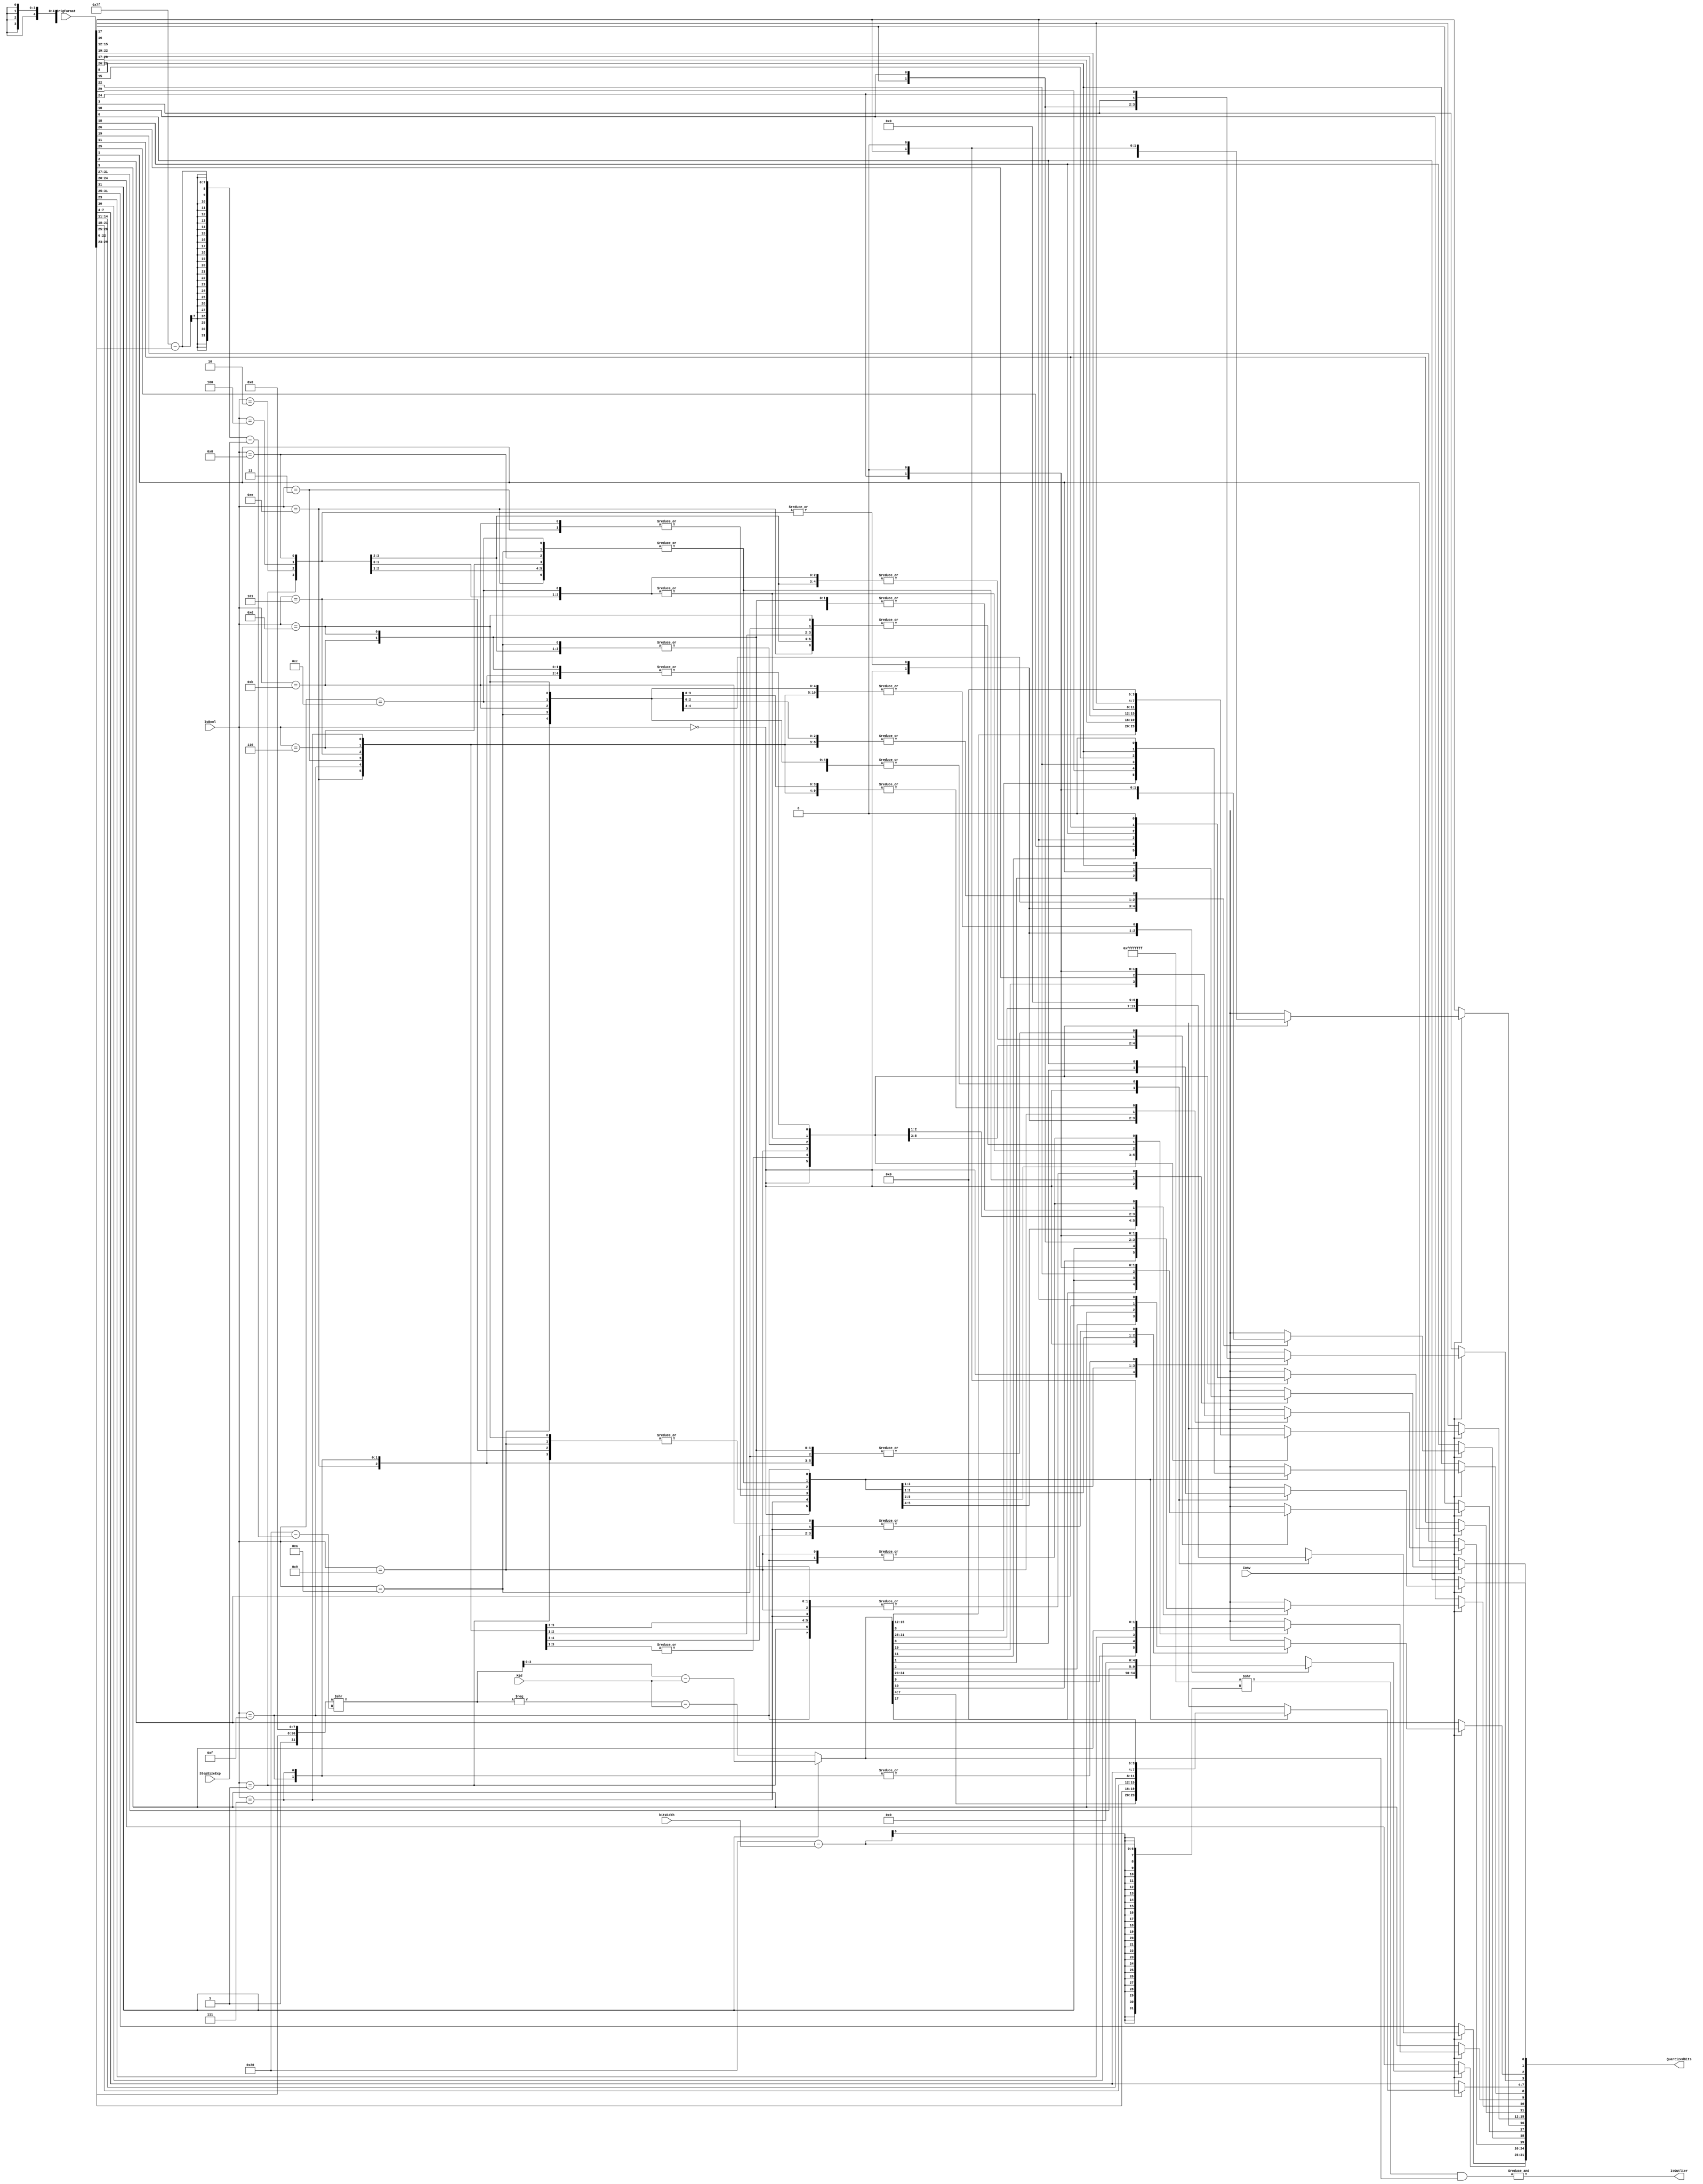
module OneWayQuantizer ( OrigFormat, bitWidth,Mid, StepSizeExp, Conv, IsBool, QuantizedBits, IsOutlier); 
  parameter L2_WIDTH = 512 ;
  parameter WordWidth_WIDTH = 32 ;   
  parameter ExponentLength=8;
//------------------------------------
  input [WordWidth_WIDTH-1:0] OrigFormat;
  input [4:0] bitWidth;
  input  signed [WordWidth_WIDTH-1:0] Mid;
  input  [ExponentLength-1:0] StepSizeExp;
  input [0:0] Conv;
  input [3:0] IsBool;

//------------------- 
  output [WordWidth_WIDTH-1:0] QuantizedBits ;
  output [0:0] IsOutlier;
  reg [WordWidth_WIDTH-1:0] QuantizedBits ;
   

//------------------- 
  wire [L2_WIDTH-1:0] OutputStr; 
//--------------------------
  reg [0:0] sign;
  reg [6:0] Exponent;
  reg [22:0] Mantissa;
  reg [31:0] NumberOfMantissaShift;
  reg [32:0] MantissaShifted;
  reg [23:0] MantissaHidden;
  reg signed [31:0] BitsPlusMid;
  //reg [0:0] IsOutlierTemp;

wire  [WordWidth_WIDTH -1:0] temp1, temp2;

always @(sign or Exponent or Mantissa or MantissaHidden or NumberOfMantissaShift or MantissaShifted or  BitsPlusMid  or Mid)
begin
	sign [0:0]<=OrigFormat[31:31];
	Exponent<=OrigFormat[30:23];
	Mantissa<=OrigFormat[22:0];
	MantissaHidden={1'b1,Mantissa}; //Add the hidden bit in floating point format
	//Step1: determining number of shifts
	NumberOfMantissaShift<= ((127-Exponent)-StepSizeExp);
	//Step2 shifting
	MantissaShifted <= ({MantissaHidden,8'b0}>>(32-NumberOfMantissaShift));
	//Step3: Adding Mid to the bits
	if(sign ==1'b0) begin
		BitsPlusMid<=-MantissaShifted[31:0]-Mid;
	end else begin
		BitsPlusMid<=MantissaShifted[3:0]-Mid;
	end

end


assign temp1         = {WordWidth_WIDTH{1'b1}} >>WordWidth_WIDTH-bitWidth;    //-- Create mask for IsOutlier 
assign temp2         = temp1 & BitsPlusMid;
assign IsOutlier = &temp2;
/*
  genvar ii;
  generate
  for(ii=0; ii<32; ii=ii+1) begin: generate_loop
	
	always @ ( BitsPlusMid or bitWidth)
	
        begin	
		if(ii==bitWidth) begin
			if(BitsPlusMid>=0) begin
				if(BitsPlusMid>{ii{1'b1}}) begin
					IsOutlier<=1'b1;
				end else begin
					IsOutlierTemp[ii]<=1'b0;
				end
			end else begin 
				if((-BitsPlusMid)>{ii{1'b1}}) begin
					IsOutlierTemp[ii]<=1'b1;
				end else begin
					IsOutlierTemp[ii]<=1'b0;
				end		
			end
        	end else begin
			IsOutlierTemp[ii]<=1'b0;
		end
		
  	end
	
  end
  endgenerate
*/
//----------------

//genvar gen_i;
//generate
//assign IsOutlier = 1'b0;

//  for (gen_i = 0; gen_i < 32; gen_i = gen_i + 1) begin
 //     assign IsOutlier = IsOutlier | IsOutlierTemp[gen_i];
 // end
//endgenerate

//------------------
always @( Conv or IsBool or OrigFormat or BitsPlusMid  )
begin
	if(Conv==1'b1) begin
		case (IsBool) 
		4'b0000: begin
			QuantizedBits<=BitsPlusMid;
			end
		4'b0001: begin
			QuantizedBits[0]<=OrigFormat[0:0];
			//<=OrigFormat[7:1];
			QuantizedBits[1:1]<=OrigFormat[8:8];
			QuantizedBits[8:2]<=OrigFormat[15:9];
			QuantizedBits[9:9]<=OrigFormat[16:16];
			QuantizedBits[16:10]<=OrigFormat[23:17];
			QuantizedBits[17:17]<=OrigFormat[24:24];
			QuantizedBits[24:18]<=OrigFormat[31:25];
			QuantizedBits[31:25]<=7'b0;
			end
// ToDo: assuming that in the system false is represented by one,  we could also use conditional assignments QuantizedBits[0]<=((OrigFormat[7:0]& 8'b00000000)==0) 1'b0  : 1'b1;

		4'b0010: begin
			QuantizedBits[0]<=OrigFormat[0:0];
			QuantizedBits[7:1]<=OrigFormat[7:1];
			QuantizedBits[8:8]<=OrigFormat[8:8];
			//<=OrigFormat[15:9];
			QuantizedBits[9:9]<=OrigFormat[16:16];
			QuantizedBits[16:10]<=OrigFormat[23:17];
			QuantizedBits[17:17]<=OrigFormat[24:24];
			QuantizedBits[24:18]<=OrigFormat[31:25];
			QuantizedBits[31:25]<=7'b0;	
			end
		4'b0011: begin
			QuantizedBits[0]<=OrigFormat[0:0];
			//<=OrigFormat[7:1];
			QuantizedBits[1:1]<=OrigFormat[8:8];
			//<=OrigFormat[15:9];
			QuantizedBits[2:2]<=OrigFormat[16:16];
			QuantizedBits[9:3]<=OrigFormat[23:17];
			QuantizedBits[10:10]<=OrigFormat[24:24];
			QuantizedBits[17:11]<=OrigFormat[31:25];
			QuantizedBits[31:18]<=14'b0;
			end

//----------------------------------
		4'b0100: begin
			QuantizedBits[0:0]<=OrigFormat[0:0];
			QuantizedBits[7:1]<=OrigFormat[7:1];
			QuantizedBits[8:9]<=OrigFormat[8:8];
			QuantizedBits[15:9]<=OrigFormat[15:9];
			QuantizedBits[16:16]<=OrigFormat[16:16];
			//<=OrigFormat[23:17];
			QuantizedBits[17:17]<=OrigFormat[24:24];
			QuantizedBits[24:18]<=OrigFormat[31:25];
			QuantizedBits[31:25]<=7'b0;
			end
		4'b0101: begin
			QuantizedBits[0] <=OrigFormat[0:0];
			//<=OrigFormat[7:1] ;
			QuantizedBits[1:1]<=OrigFormat[8:8];
			QuantizedBits[8:2]<=OrigFormat[15:9];
			QuantizedBits[9:9]<=OrigFormat[16:16];
			//<= OrigFormat[23:17];
			QuantizedBits[10:10]<=OrigFormat[24:24];
			QuantizedBits[17:11]<=OrigFormat[31:25];
 			QuantizedBits[31:18]<=14'b0;
			end
		4'b0110: begin
			QuantizedBits[0]<=OrigFormat[0:0];
			QuantizedBits[7:1]<=OrigFormat[7:1];
			QuantizedBits[8:8]<=OrigFormat[8:8];
			//<=OrigFormat[15:9];
			QuantizedBits[9:9]<=OrigFormat[16:16];
			//<=OrigFormat[23:17];
			QuantizedBits[10:10]<=OrigFormat[24:24];
			QuantizedBits[17:11]<=OrigFormat[31:25];	
			QuantizedBits[31:18]<=14'b0;
			end
		4'b0111: begin
			QuantizedBits[0]<= OrigFormat[0:0];
			//OrigFormat[7:1]
			QuantizedBits[1:1]<=OrigFormat[8:8];
			//OrigFormat[15:9]
			QuantizedBits[2:2]<=OrigFormat[16:16];
			//OrigFormat[23:17]
			QuantizedBits[3:3]<=OrigFormat[24:24];
			QuantizedBits[10:4]<=OrigFormat[31:25];
			QuantizedBits[31:11]<=21'b0;
			end
//-----------------------------------
		4'b1000: begin
 			QuantizedBits[0]<= OrigFormat[0:0];
			QuantizedBits[7:1]<=OrigFormat[7:1];
			QuantizedBits[8:8]<=OrigFormat[8:8];
			QuantizedBits[15:9]<=OrigFormat[15:9];
			QuantizedBits[16:16]<=OrigFormat[16:16];
			//<=OrigFormat[23:17]
			QuantizedBits[17:17]<=OrigFormat[24:24];
			QuantizedBits[24:18]<=OrigFormat[31:25];
			QuantizedBits[31:25]<=7'b0;
			end
		4'b1001: begin
			QuantizedBits[0]<=OrigFormat[0:0];
			//<=OrigFormat[7:1];
			QuantizedBits[1:1]<=OrigFormat[8:8];
			QuantizedBits[10:2]<=OrigFormat[15:9];
			QuantizedBits[11:11]<=OrigFormat[16:16];
			QuantizedBits[18:12]<=OrigFormat[23:17];
			QuantizedBits[19:19]<=OrigFormat[24:24];
			//<=OrigFormat[31:25]
			QuantizedBits[31:20]<=12'b0;
			end
		4'b1010: begin
			QuantizedBits[0]<=OrigFormat[0:0];
			QuantizedBits[7:1]<=OrigFormat[7:1];
			QuantizedBits[8:8]<=OrigFormat[8:8];
			//<=OrigFormat[15:9];
			QuantizedBits[9:9]<=OrigFormat[16:16];
			QuantizedBits[17:10]<=OrigFormat[23:17];
			QuantizedBits[18:18]<=OrigFormat[24:24];
			QuantizedBits[31:19]<=13'b0;
			//<=OrigFormat[31:25];
			end
		4'b1011: begin
			QuantizedBits[0]<=OrigFormat[0:0];
			//<=OrigFormat[7:1]
			QuantizedBits[1:1]<=OrigFormat[8:8];
			//<=OrigFormat[15:9];
			QuantizedBits[2:2]<=OrigFormat[16:16];
			QuantizedBits[9:3]<=OrigFormat[23:17];
			QuantizedBits[10:10]<=OrigFormat[24:24];
			//<=OrigFormat[31:25]
			QuantizedBits[31:11]<=21'b0;
			end
//-------------------------------------
		4'b1100: begin
 			QuantizedBits[0]<=OrigFormat[0:0];
			QuantizedBits[7:1]<=OrigFormat[7:1];
			QuantizedBits[8:8]<=OrigFormat[8:8];
			QuantizedBits[15:9]<=OrigFormat[15:9];
			QuantizedBits[16:16]<=OrigFormat[16:16];
			//OrigFormat[23:17]
			QuantizedBits[17:17]<=OrigFormat[24:24];
			QuantizedBits[31:18]<=14'b0;
			//OrigFormat[31:25]
			end
		4'b1101: begin
			QuantizedBits[0]<=OrigFormat[0:0];
			//<=OrigFormat[7:1];
			QuantizedBits[1:1]<=OrigFormat[8:8];
			QuantizedBits[8:2]<=OrigFormat[15:9];
			QuantizedBits[9:9]<=OrigFormat[16:16];
			//OrigFormat[23:17]
			QuantizedBits[10:10]<=OrigFormat[24:24];
			//<=OrigFormat[31:25]
			QuantizedBits[31:11]<=21'b0;
			end
		4'b1110: begin
			QuantizedBits[0]<=OrigFormat[0:0];
			QuantizedBits[7:1]<=OrigFormat[7:1];
			QuantizedBits[8:8]<=OrigFormat[8:8];
			//<=OrigFormat[15:9]
			QuantizedBits[9:9]<=OrigFormat[16:16];
			//<= OrigFormat[23:17]
			QuantizedBits[10:10]<=OrigFormat[24:24];
			//<= OrigFormat[31:25]
			QuantizedBits[31:11]<=21'b0;
			end
		4'b1111: begin
			QuantizedBits[0]<=OrigFormat[0:0];
			//<=OrigFormat[7:1];
			QuantizedBits[1:1]<=OrigFormat[8:8];
			//<=OrigFormat[15:9]
			QuantizedBits[2:2]<=OrigFormat[16:16];
			//<=OrigFormat[23:17]
			QuantizedBits[3:3]<=OrigFormat[24:24];
			//<=OrigFormat[31:25];
			QuantizedBits[31:4]<=28'b0;
			end
		endcase

	end else begin
		QuantizedBits<=OrigFormat;
	end 
	
end



endmodule